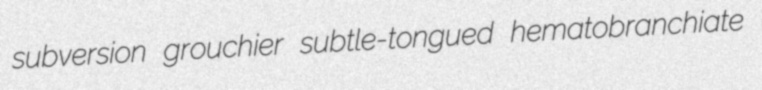
subversion grouchier subtle-tongued hematobranchiate